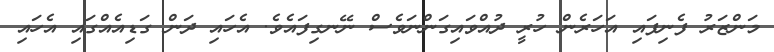
މަންޒަރު ފެނިފައި އަހަރެން ހުރީ ދުއްވައިގަންނަވެސް ނޭނގިފައެވެ. އެހައި ދަން ގަޑިއެއްގައި އެހައި